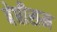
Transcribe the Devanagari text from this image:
बेप्तीसम